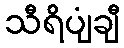
သီရိပျံချီ